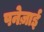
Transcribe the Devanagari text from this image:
पनेज़ाई